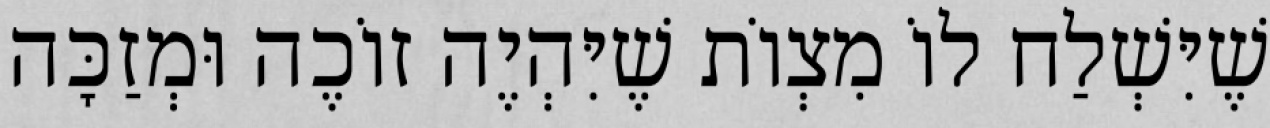
שֶׁיִּשְׁלַח לוֹ מִצְוֹת שֶׁיִּהְיֶה זוֹכֶה וּמְזַכָּה